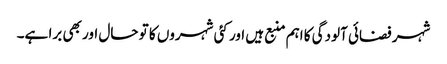
شہر فضائی آلودگی کا اہم منبع ہیں اور کئی شہروں کا تو حال اور بھی برا ہے۔